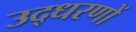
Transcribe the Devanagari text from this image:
उद्‍धरणों